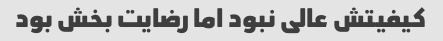
کیفیتش عالی نبود اما رضایت بخش بود